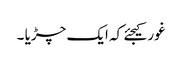
غور کیجئے کہ ایک چڑیا ۔